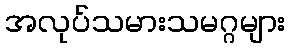
အလုပ်သမားသမဂ္ဂများ